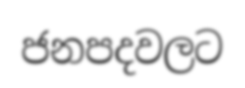
ජනපදවලට